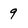
Character: 9